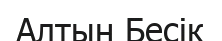
Алтын Бесік